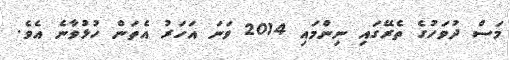
މަސް ދުވަހުގެ ތެރޭގައި ނިންމައި 2014 ވަނަ އަހަރު އެތަން ހުޅުވާނެ އެވެ.